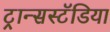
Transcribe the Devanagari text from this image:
ट्रान्सस्टॅडिया